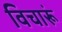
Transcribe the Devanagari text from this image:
विचारूं